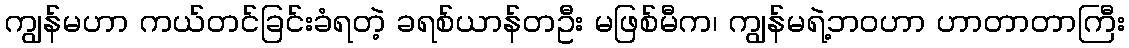
ကျွန်မဟာ ကယ်တင်ခြင်းခံရတဲ့ ခရစ်ယာန်တဦး မဖြစ်မီက၊ ကျွန်မရဲ့ဘဝဟာ ဟာတာတာကြီး